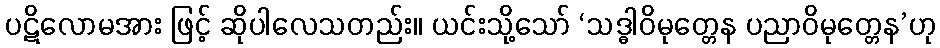
ပဋိလောမအား ဖြင့် ဆိုပါလေသတည်း။ ယင်းသို့သော် ‘သဒ္ဓါဝိမုတ္တေန ပညာဝိမုတ္တေန’ဟု